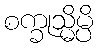
စက္ခုသ္မိမ္ပိ